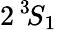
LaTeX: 2\, ^{3}\! S_{1}